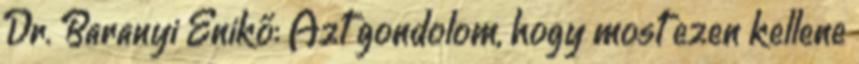
Dr. Baranyi Enikő: Azt gondolom, hogy most ezen kellene